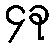
၄ခု